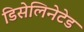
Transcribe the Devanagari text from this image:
डिसेलिनेटेड